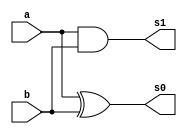
// ------------------------------------
// Exemplo0026 - FULL ADDER/SUBRACTOR
// Nome:Guilherme Diniz de Assumpo
// ------------------------------------

//-------------
//half adder
//------------

module halfAdder(output s0,output s1,
					input a,input b);
	xor xor1(s0,a,b);
	and and1(s1,a,b);
endmodule //halfadder

module fullAdder(output s,output carryOut,
input a,input b,input carryIn);
	wire w0,w1,w2;
	halfAdder hf1(w0,w1,a,b);
	halfAdder hf2(s,w2,w0,carryIn);
	or or1(carryOut,w2,w1);
endmodule //fullAdder

module fullAdder2(output[3:0]s,input[2:0]a,
							input[2:0]b,input carryIn);
 wire aux[2:0]; //complemento de 1
 wire carryOut[2:0];
 xor xor1(aux[0],b[0],carryIn);
 xor xor2(aux[1],b[1],carryIn);
 xor xor3(aux[2],b[2],carryIn);
 
 fullAdder fa1(s[0],carryOut[0],a[0],aux[0],carryIn);
 fullAdder fa2(s[1],carryOut[1],a[1],aux[1],carryOut[0]);
 fullAdder fa3(s[2],carryOut[2],a[2],aux[2],carryOut[1]);
 xor xor4(s[3],carryOut[2],carryIn);
 
endmodule //fullAdder2

module principal;
	reg [2:0]a,b;
	reg carryIn;
	wire [3:0]s;
	fullAdder2 fa2(s,a,b,carryIn);
	initial begin
		carryIn = 0;
		a = 0; b = 0;
		$display("Exemplo0026 - Guilherme Diniz de Assumpo - 462269"); 
		$display("Test ALU's full adder/subtractor");
		$display("CarryIn = 0 (adder), carryIn = 1 (subtractor)");
		$display("cIn a - b = s");
		$monitor("%b %3b +/- %3b = %4b",carryIn,a,b,s);
		#1 b = 1;
		#1 b = 2;
		#1 b = 3;
		#1 b = 4;
		#1 b = 5;
		#1 b = 6;
		#1 b = 7;
		
		#1 a = 1; b = 0;
		#1 b = 1;
		#1 b = 2;
		#1 b = 3;
		#1 b = 4;
		#1 b = 5;
		#1 b = 6;
		#1 b = 7;
		
		#1 a = 2; b = 0;
		#1 b = 1;
		#1 b = 2;
		#1 b = 3;
		#1 b = 4;
		#1 b = 5;
		#1 b = 6;
		#1 b = 7;
		
		#1 a = 3; b = 0;
		#1 b = 1;
		#1 b = 2;
		#1 b = 3;
		#1 b = 4;
		#1 b = 5;
		#1 b = 6;
		#1 b = 7;
		
		#1 a = 4; b = 0;
		#1 b = 1;
		#1 b = 2;
		#1 b = 3;
		#1 b = 4;
		#1 b = 5;
		#1 b = 6;
		#1 b = 7;
		
		#1 a = 5; b = 0;
		#1 b = 1;
		#1 b = 2;
		#1 b = 3;
		#1 b = 4;
		#1 b = 5;
		#1 b = 6;
		#1 b = 7;
		
		#1 a = 6; b = 0;
		#1 b = 1;
		#1 b = 2;
		#1 b = 3;
		#1 b = 4;
		#1 b = 5;
		#1 b = 6;
		#1 b = 7;
		
		#1 a = 7; b = 0;
		#1 b = 1;
		#1 b = 2;
		#1 b = 3;
		#1 b = 4;
		#1 b = 5;
		#1 b = 6;
		#1 b = 7;
		
		carryIn = 1;
		a = 0; b = 0;
		#1 b = 1;
		#1 b = 2;
		#1 b = 3;
		#1 b = 4;
		#1 b = 5;
		#1 b = 6;
		#1 b = 7;
		
		#1 a = 1; b = 0;
		#1 b = 1;
		#1 b = 2;
		#1 b = 3;
		#1 b = 4;
		#1 b = 5;
		#1 b = 6;
		#1 b = 7;
		
		#1 a = 2; b = 0;
		#1 b = 1;
		#1 b = 2;
		#1 b = 3;
		#1 b = 4;
		#1 b = 5;
		#1 b = 6;
		#1 b = 7;
		
		#1 a = 3; b = 0;
		#1 b = 1;
		#1 b = 2;
		#1 b = 3;
		#1 b = 4;
		#1 b = 5;
		#1 b = 6;
		#1 b = 7;
		
		#1 a = 4; b = 0;
		#1 b = 1;
		#1 b = 2;
		#1 b = 3;
		#1 b = 4;
		#1 b = 5;
		#1 b = 6;
		#1 b = 7;
		
		#1 a = 5; b = 0;
		#1 b = 1;
		#1 b = 2;
		#1 b = 3;
		#1 b = 4;
		#1 b = 5;
		#1 b = 6;
		#1 b = 7;
		
		#1 a = 6; b = 0;
		#1 b = 1;
		#1 b = 2;
		#1 b = 3;
		#1 b = 4;
		#1 b = 5;
		#1 b = 6;
		#1 b = 7;
		
		#1 a = 7; b = 0;
		#1 b = 1;
		#1 b = 2;
		#1 b = 3;
		#1 b = 4;
		#1 b = 5;
		#1 b = 6;
		#1 b = 7;

	end
endmodule //principal